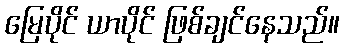
မြေပိုင် ယာပိုင် ဖြစ်ချင်နေသည်။